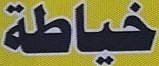
خیاطة